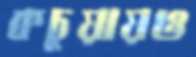
কচুয়ায়ও